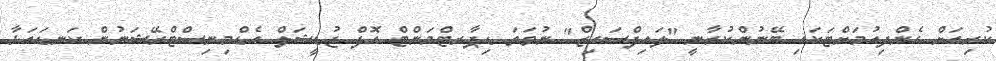
ކުރިއަށް ގެންދިއުމަށްޓަކައި ބޭނުންކުރާނީ "ލައިފްސައިޒް" ނުވަތަ ޑިޕާރޓްމަންޓް އޮފް ޖުޑީޝަލް އެޑްމިނިސްޓްރޭޝަނުން ކަނޑައަޅާ